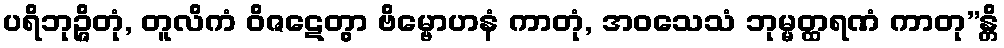
ပရိဘုဉ္ဇိတုံ, တူလိကံ ဝိဇဋေတွာ ဗိမ္ဗောဟနံ ကာတုံ, အဝသေသံ ဘုမ္မတ္ထရဏံ ကာတု”န္တိ